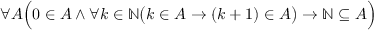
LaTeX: \forall A { \Bigl ( } 0 \in A \land \forall k \in \mathbb { N } { \bigl ( } k \in A \to ( k + 1 ) \in A { \bigr ) } \to \mathbb { N } \subseteq A { \Bigr ) }